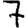
Digit: 7